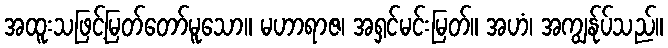
အထူးသဖြင့်မြတ်တော်မူသော။ မဟာရာဇ၊ အရှင်မင်းမြတ်။ အဟံ၊ အကျွန်ုပ်သည်။